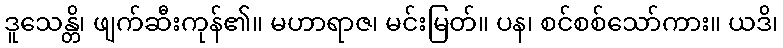
ဒူသေန္တိ၊ ဖျက်ဆီးကုန်၏။ မဟာရာဇ၊ မင်းမြတ်။ ပန၊ စင်စစ်သော်ကား။ ယဒိ၊